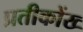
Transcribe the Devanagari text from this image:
प्रतीकोंख्‍